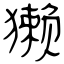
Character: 獭